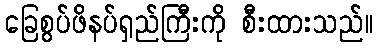
ခြေစွပ်ဖိနပ်ရှည်ကြီးကို စီးထားသည်။